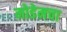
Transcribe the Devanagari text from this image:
मोडेमचा